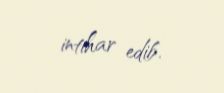
intihar edib.